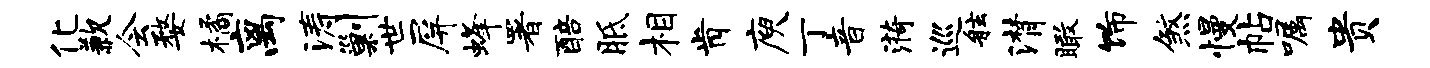
化歉会婺橘离涛剿世屏蜂署醅胝相肯庾丁音漪巡舷潸瞰饰煞慢帖嘱贵